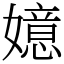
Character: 嬑